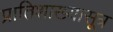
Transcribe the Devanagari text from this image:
प्रातिशाख्यासूत्र